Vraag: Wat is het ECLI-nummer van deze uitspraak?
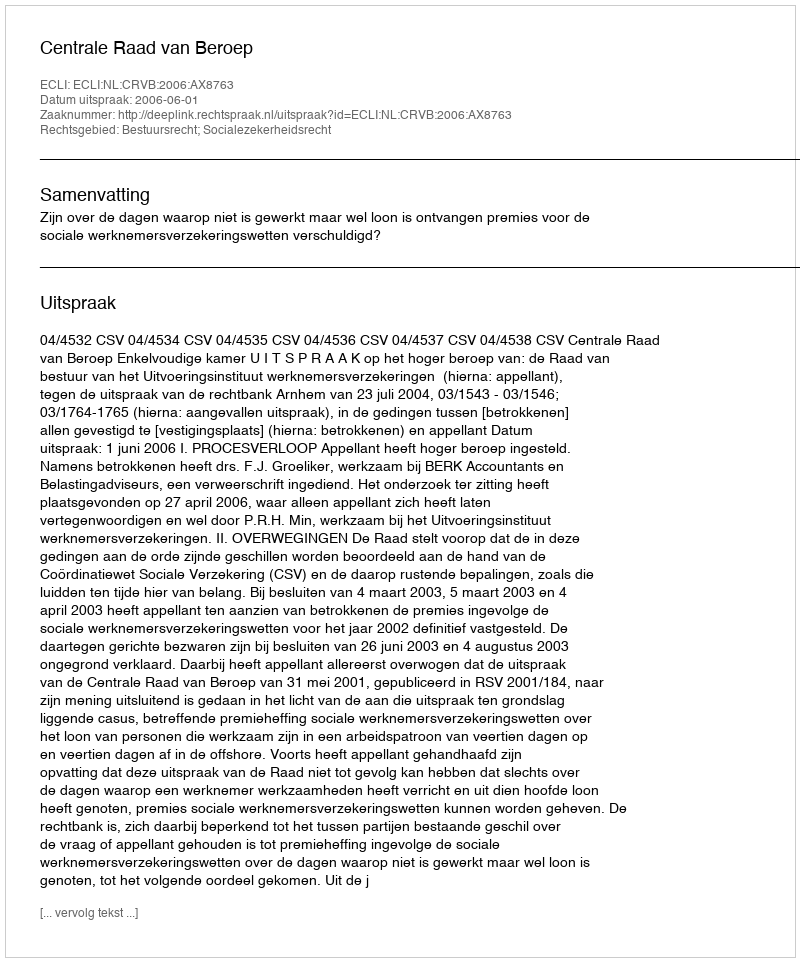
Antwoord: ECLI:NL:CRVB:2006:AX8763